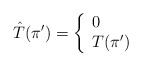
\begin{align*}\hat{T}(\pi') = \left\{\begin{array}{l l}0 & \\T(\pi') & \end{array} \right. \end{align*}